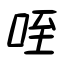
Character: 咥